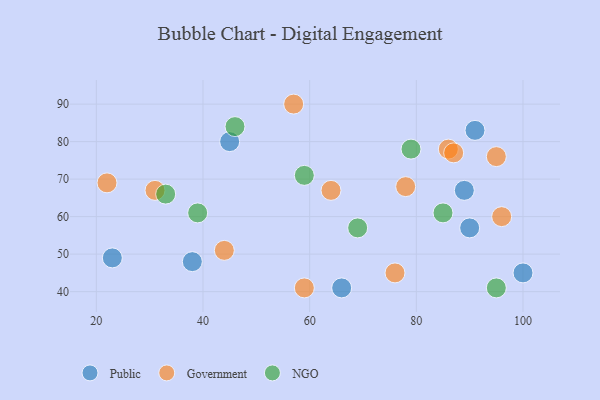
{"axis": {"x": "GDP", "y": "Life Expectancy"}, "legend": ["Government", "NGO", "Public"], "data": [{"x": "90", "y": 57, "type": "Public"}, {"x": "23", "y": 49, "type": "Public"}, {"x": "89", "y": 67, "type": "Public"}, {"x": "66", "y": 41, "type": "Public"}, {"x": "38", "y": 48, "type": "Public"}, {"x": "91", "y": 83, "type": "Public"}, {"x": "100", "y": 45, "type": "Public"}, {"x": "45", "y": 80, "type": "Public"}, {"x": "76", "y": 45, "type": "Government"}, {"x": "44", "y": 51, "type": "Government"}, {"x": "59", "y": 41, "type": "Government"}, {"x": "31", "y": 67, "type": "Government"}, {"x": "22", "y": 69, "type": "Government"}, {"x": "64", "y": 67, "type": "Government"}, {"x": "95", "y": 76, "type": "Government"}, {"x": "86", "y": 78, "type": "Government"}, {"x": "57", "y": 90, "type": "Government"}, {"x": "87", "y": 77, "type": "Government"}, {"x": "96", "y": 60, "type": "Government"}, {"x": "78", "y": 68, "type": "Government"}, {"x": "59", "y": 71, "type": "NGO"}, {"x": "85", "y": 61, "type": "NGO"}, {"x": "46", "y": 84, "type": "NGO"}, {"x": "79", "y": 78, "type": "NGO"}, {"x": "69", "y": 57, "type": "NGO"}, {"x": "95", "y": 41, "type": "NGO"}, {"x": "39", "y": 61, "type": "NGO"}, {"x": "33", "y": 66, "type": "NGO"}]}